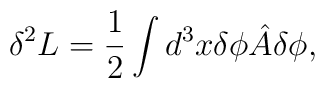
\delta^2 L = \frac{1}{2}\int d^3x \delta\phi {\hat A}\delta\phi,